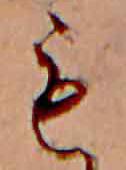
も